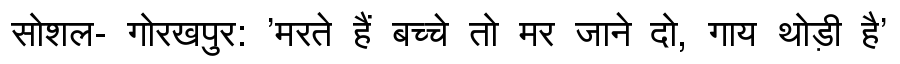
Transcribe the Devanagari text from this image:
सोशल- गोरखपुर: 'मरते हैं बच्चे तो मर जाने दो, गाय थोड़ी है'